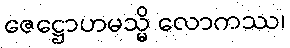
ဇေဋ္ဌောဟမသ္မိ လောကဿ၊